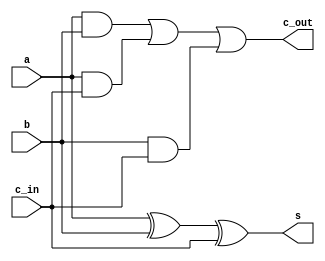
module fa_1bit(s,c_out,a,b,c_in);
	output c_out, s;
	input a,b,c_in;
	assign s=a^b^c_in;
	assign c_out=(a&b)|(a&c_in)|(b&c_in);
endmodule
//======================================
//fa 8bit 
module fa_8bit (sum,a,b);
input [7:0] a,b;
output [8:0] sum;
wire [7:0] c;

fa_1bit fa0(sum[0],c[0],a[0],b[0],1'b0);
fa_1bit fa1(sum[1],c[1],a[1],b[1],c[0]);
fa_1bit fa2(sum[2],c[2],a[2],b[2],c[1]);
fa_1bit fa3(sum[3],c[3],a[3],b[3],c[2]);
fa_1bit fa4(sum[4],c[4],a[4],b[4],c[3]);
fa_1bit fa5(sum[5],c[5],a[5],b[5],c[4]);
fa_1bit fa6(sum[6],c[6],a[6],b[6],c[5]);
fa_1bit fa7(sum[7],c[7],a[7],b[7],c[6]);
assign sum[8] = c[7];

endmodule
//======================================
//fa 9bit
module fa_9bit (sum,a,b);
input [8:0] a,b;
output [9:0] sum;
wire [8:0] c;

fa_1bit fa0(sum[0],c[0],a[0],b[0],1'b0);
fa_1bit fa1(sum[1],c[1],a[1],b[1],c[0]);
fa_1bit fa2(sum[2],c[2],a[2],b[2],c[1]);
fa_1bit fa3(sum[3],c[3],a[3],b[3],c[2]);
fa_1bit fa4(sum[4],c[4],a[4],b[4],c[3]);
fa_1bit fa5(sum[5],c[5],a[5],b[5],c[4]);
fa_1bit fa6(sum[6],c[6],a[6],b[6],c[5]);
fa_1bit fa7(sum[7],c[7],a[7],b[7],c[6]);
fa_1bit fa8(sum[8],c[8],a[8],b[8],c[7]);
assign sum[9] = c[8];

endmodule
//======================================
//fa 10bit
module fa_10bit (sum,a,b);
input [9:0] a,b;
output [10:0] sum;
wire [9:0] c;

fa_1bit fa0(sum[0],c[0],a[0],b[0],1'b0);
fa_1bit fa1(sum[1],c[1],a[1],b[1],c[0]);
fa_1bit fa2(sum[2],c[2],a[2],b[2],c[1]);
fa_1bit fa3(sum[3],c[3],a[3],b[3],c[2]);
fa_1bit fa4(sum[4],c[4],a[4],b[4],c[3]);
fa_1bit fa5(sum[5],c[5],a[5],b[5],c[4]);
fa_1bit fa6(sum[6],c[6],a[6],b[6],c[5]);
fa_1bit fa7(sum[7],c[7],a[7],b[7],c[6]);
fa_1bit fa8(sum[8],c[8],a[8],b[8],c[7]);
fa_1bit fa9(sum[9],c[9],a[9],b[9],c[8]);
assign sum[10] = c[9];

endmodule
//=====================================
//fa 11 bit
module fa_11bit (sum,a,b);
input [10:0] a,b;
output [11:0] sum;
wire [10:0] c;

fa_1bit fa0(sum[0],c[0],a[0],b[0],1'b0);
fa_1bit fa1(sum[1],c[1],a[1],b[1],c[0]);
fa_1bit fa2(sum[2],c[2],a[2],b[2],c[1]);
fa_1bit fa3(sum[3],c[3],a[3],b[3],c[2]);
fa_1bit fa4(sum[4],c[4],a[4],b[4],c[3]);
fa_1bit fa5(sum[5],c[5],a[5],b[5],c[4]);
fa_1bit fa6(sum[6],c[6],a[6],b[6],c[5]);
fa_1bit fa7(sum[7],c[7],a[7],b[7],c[6]);
fa_1bit fa8(sum[8],c[8],a[8],b[8],c[7]);
fa_1bit fa9(sum[9],c[9],a[9],b[9],c[8]);
fa_1bit fa10(sum[10],c[10],a[10],b[10],c[9]);
assign sum[11] = c[10];

endmodule
//=====================================
//fa 16 bit
module fa_16bit (sum,a,b);
input [15:0] a,b;
output [16:0] sum;
wire [15:0] c;

fa_1bit fa0(sum[0],c[0],a[0],b[0],1'b0);
fa_1bit fa1(sum[1],c[1],a[1],b[1],c[0]);
fa_1bit fa2(sum[2],c[2],a[2],b[2],c[1]);
fa_1bit fa3(sum[3],c[3],a[3],b[3],c[2]);
fa_1bit fa4(sum[4],c[4],a[4],b[4],c[3]);
fa_1bit fa5(sum[5],c[5],a[5],b[5],c[4]);
fa_1bit fa6(sum[6],c[6],a[6],b[6],c[5]);
fa_1bit fa7(sum[7],c[7],a[7],b[7],c[6]);
fa_1bit fa8(sum[8],c[8],a[8],b[8],c[7]);
fa_1bit fa9(sum[9],c[9],a[9],b[9],c[8]);
fa_1bit fa10(sum[10],c[10],a[10],b[10],c[9]);
fa_1bit fa11(sum[11],c[11],a[11],b[11],c[10]);
fa_1bit fa12(sum[12],c[12],a[12],b[12],c[11]);
fa_1bit fa13(sum[13],c[13],a[13],b[13],c[12]);
fa_1bit fa14(sum[14],c[14],a[14],b[14],c[13]);
fa_1bit fa15(sum[15],c[15],a[15],b[15],c[14]);

assign sum[16] = c[15];

endmodule
//============================================
//fa 17 bit
module fa_17bit (sum,a,b);
input [16:0] a,b;
output [17:0] sum;
wire [16:0] c;

fa_1bit fa0(sum[0],c[0],a[0],b[0],1'b0);
fa_1bit fa1(sum[1],c[1],a[1],b[1],c[0]);
fa_1bit fa2(sum[2],c[2],a[2],b[2],c[1]);
fa_1bit fa3(sum[3],c[3],a[3],b[3],c[2]);
fa_1bit fa4(sum[4],c[4],a[4],b[4],c[3]);
fa_1bit fa5(sum[5],c[5],a[5],b[5],c[4]);
fa_1bit fa6(sum[6],c[6],a[6],b[6],c[5]);
fa_1bit fa7(sum[7],c[7],a[7],b[7],c[6]);
fa_1bit fa8(sum[8],c[8],a[8],b[8],c[7]);
fa_1bit fa9(sum[9],c[9],a[9],b[9],c[8]);
fa_1bit fa10(sum[10],c[10],a[10],b[10],c[9]);
fa_1bit fa11(sum[11],c[11],a[11],b[11],c[10]);
fa_1bit fa12(sum[12],c[12],a[12],b[12],c[11]);
fa_1bit fa13(sum[13],c[13],a[13],b[13],c[12]);
fa_1bit fa14(sum[14],c[14],a[14],b[14],c[13]);
fa_1bit fa15(sum[15],c[15],a[15],b[15],c[14]);
fa_1bit fa16(sum[16],c[16],a[16],b[16],c[15]);
assign sum[17] = c[16];

endmodule
//=============================================
//fa 18 bit
module fa_18bit (sum,a,b);
input [17:0] a,b;
output [18:0] sum;
wire [17:0] c;

fa_1bit fa0(sum[0],c[0],a[0],b[0],1'b0);
fa_1bit fa1(sum[1],c[1],a[1],b[1],c[0]);
fa_1bit fa2(sum[2],c[2],a[2],b[2],c[1]);
fa_1bit fa3(sum[3],c[3],a[3],b[3],c[2]);
fa_1bit fa4(sum[4],c[4],a[4],b[4],c[3]);
fa_1bit fa5(sum[5],c[5],a[5],b[5],c[4]);
fa_1bit fa6(sum[6],c[6],a[6],b[6],c[5]);
fa_1bit fa7(sum[7],c[7],a[7],b[7],c[6]);
fa_1bit fa8(sum[8],c[8],a[8],b[8],c[7]);
fa_1bit fa9(sum[9],c[9],a[9],b[9],c[8]);
fa_1bit fa10(sum[10],c[10],a[10],b[10],c[9]);
fa_1bit fa11(sum[11],c[11],a[11],b[11],c[10]);
fa_1bit fa12(sum[12],c[12],a[12],b[12],c[11]);
fa_1bit fa13(sum[13],c[13],a[13],b[13],c[12]);
fa_1bit fa14(sum[14],c[14],a[14],b[14],c[13]);
fa_1bit fa15(sum[15],c[15],a[15],b[15],c[14]);
fa_1bit fa16(sum[16],c[16],a[16],b[16],c[15]);
fa_1bit fa17(sum[17],c[17],a[17],b[17],c[16]);
assign sum[18] = c[17];

endmodule
//=================================================
//fa 19 bit
module fa_19bit (sum,a,b);
input [18:0] a,b;
output [19:0] sum;
wire [18:0] c;

fa_1bit fa0(sum[0],c[0],a[0],b[0],1'b0);
fa_1bit fa1(sum[1],c[1],a[1],b[1],c[0]);
fa_1bit fa2(sum[2],c[2],a[2],b[2],c[1]);
fa_1bit fa3(sum[3],c[3],a[3],b[3],c[2]);
fa_1bit fa4(sum[4],c[4],a[4],b[4],c[3]);
fa_1bit fa5(sum[5],c[5],a[5],b[5],c[4]);
fa_1bit fa6(sum[6],c[6],a[6],b[6],c[5]);
fa_1bit fa7(sum[7],c[7],a[7],b[7],c[6]);
fa_1bit fa8(sum[8],c[8],a[8],b[8],c[7]);
fa_1bit fa9(sum[9],c[9],a[9],b[9],c[8]);
fa_1bit fa10(sum[10],c[10],a[10],b[10],c[9]);
fa_1bit fa11(sum[11],c[11],a[11],b[11],c[10]);
fa_1bit fa12(sum[12],c[12],a[12],b[12],c[11]);
fa_1bit fa13(sum[13],c[13],a[13],b[13],c[12]);
fa_1bit fa14(sum[14],c[14],a[14],b[14],c[13]);
fa_1bit fa15(sum[15],c[15],a[15],b[15],c[14]);
fa_1bit fa16(sum[16],c[16],a[16],b[16],c[15]);
fa_1bit fa17(sum[17],c[17],a[17],b[17],c[16]);
fa_1bit fa18(sum[18],c[18],a[18],b[18],c[17]);
assign sum[19] = c[18];

endmodule